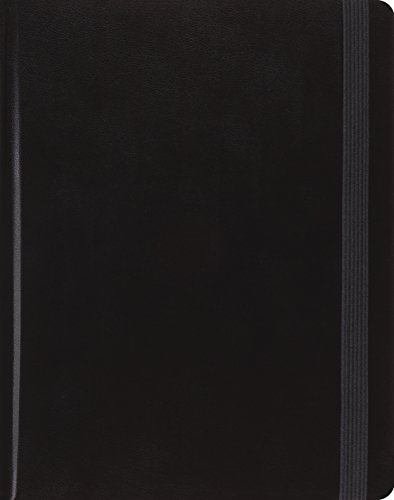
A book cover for ESV Single Column Journaling Bible (Black); ESV Bibles by Crossway; Christian Books & Bibles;